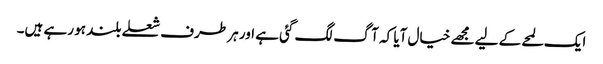
ایک لمحے کے لیے مجھے خیال آیا کہ آگ لگ گئی ہے اور ہر طرف شعلے بلند ہو رہے ہیں۔